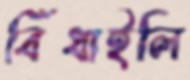
বিঁধাইলি